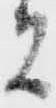
者